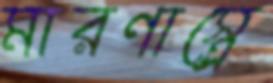
মারণাস্ত্রে